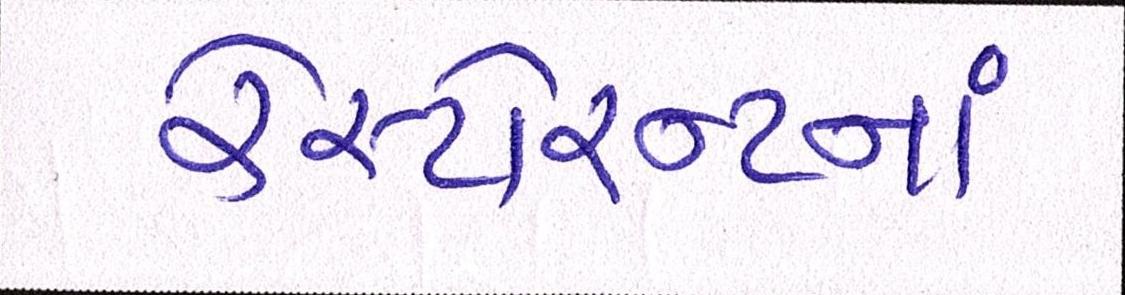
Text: રેસ્ટોરન્ટનાં